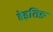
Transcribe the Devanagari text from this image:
हेइतिङ